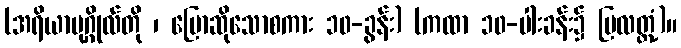
(အရိယာပုဂ္ဂိုလ်တို ၊ ပြောဆိုသောစကား ၁၀-ခွန်း) (ကထာ ၁၀-ပါးခန်း၌ ပြလတ္တံ့)။